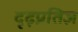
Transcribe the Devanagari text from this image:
दृढ़प्रतिज्ञ